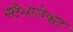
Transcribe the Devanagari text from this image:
सौभागेश्वर